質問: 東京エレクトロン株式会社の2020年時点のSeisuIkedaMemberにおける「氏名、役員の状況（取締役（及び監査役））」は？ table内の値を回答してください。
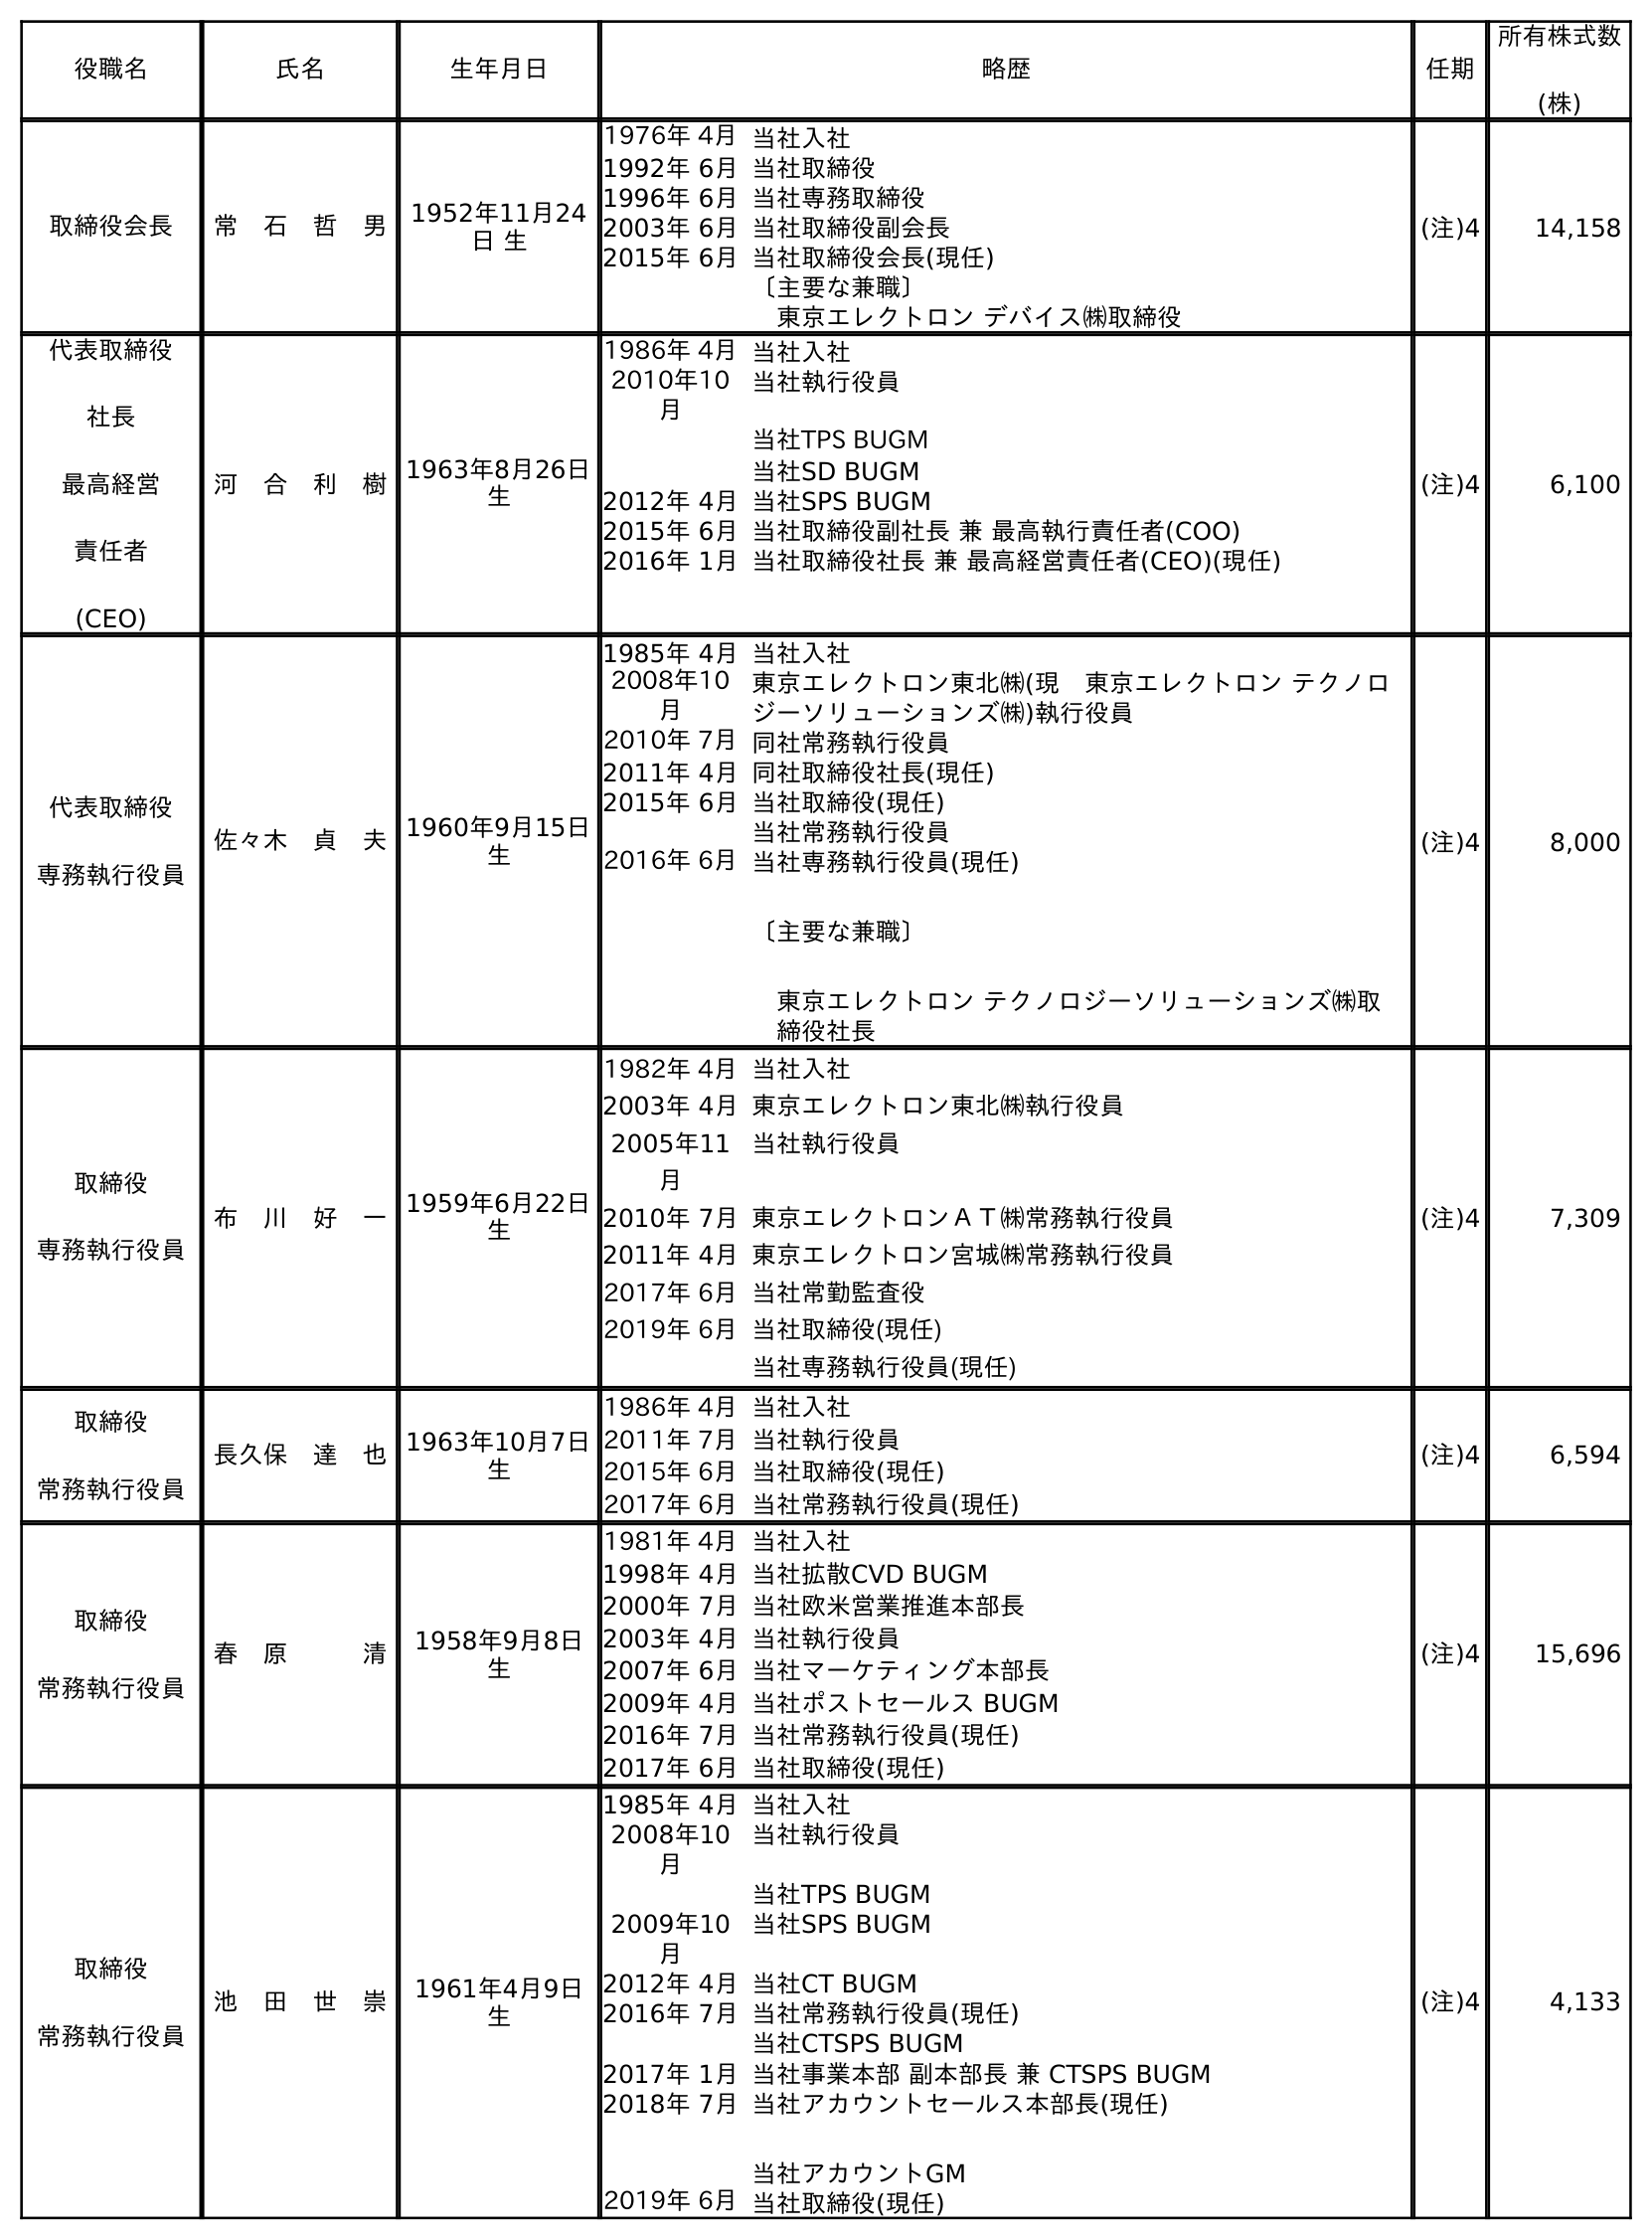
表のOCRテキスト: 役職名 氏名 生年月日 略歴 任期 所有株式数 (株) 取締役会長 常 石 哲 男 1952年11月24 日 生 1976年 4月当社入社 1992年 6月当社取締役 1996年 6月当社専務取締役 2003年 6月当社取締役副会長 2015年 6月当社取締役会長(現任) 〔主要な兼職〕 東京エレクトロン デバイス㈱取締役 (注)4 14,158 代表取締役 社長 最高経営 責任者 (CEO) 河 合 利 樹1963年8月26日 生 1986年 4月当社入社 2010年10 月 当社執行役員 当社TPS BUGM 当社SD BUGM 2012年 4月当社SPS BUGM 2015年 6月当社取締役副社長 兼 最高執行責任者(COO) 2016年 1月当社取締役社長 兼 最高経営責任者(CEO)(現任) (注)4 6,100 代表取締役 専務執行役員 佐々木 貞 夫1960年9月15日 生 1985年 4月当社入社 2008年10 月 東京エレクトロン東北㈱(現 東京エレクトロン テクノロ ジーソリューションズ㈱)執行役員 2010年 7月同社常務執行役員 2011年 4月同社取締役社長(現任) 2015年 6月当社取締役(現任) 当社常務執行役員 2016年 6月当社専務執行役員(現任) 〔主要な兼職〕 東京エレクトロン テクノロジーソリューションズ㈱取 締役社長 (注)4 8,000 取締役 専務執行役員 布 川 好 一1959年6月22日 生 1982年 4月当社入社 2003年 4月東京エレクトロン東北㈱執行役員 2005年11 月 当社執行役員 2010年 7月東京エレクトロンＡＴ㈱常務執行役員 2011年 4月東京エレクトロン宮城㈱常務執行役員 2017年 6月当社常勤監査役 2019年 6月当社取締役(現任) 当社専務執行役員(現任) (注)4 7,309 取締役 常務執行役員 長久保 達 也1963年10月7日 生 1986年 4月当社入社 2011年 7月当社執行役員 2015年 6月当社取締役(現任) 2017年 6月当社常務執行役員(現任) (注)4 6,594 取締役 常務執行役員 春 原   清 1958年9月8日 生 1981年 4月当社入社 1998年 4月当社拡散CVD BUGM 2000年 7月当社欧米営業推進本部長 2003年 4月当社執行役員 2007年 6月当社マーケティング本部長 2009年 4月当社ポストセールス BUGM 2016年 7月当社常務執行役員(現任) 2017年 6月当社取締役(現任) (注)4 15,696 取締役 常務執行役員 池 田 世 崇 1961年4月9日 生 1985年 4月当社入社 2008年10 月 当社執行役員 当社TPS BUGM 2009年10 月 当社SPS BUGM 2012年 4月当社CT BUGM 2016年 7月当社常務執行役員(現任) 当社CTSPS BUGM 2017年 1月当社事業本部 副本部長 兼 CTSPS BUGM 2018年 7月当社アカウントセールス本部長(現任) 当社アカウントGM 2019年 6月当社取締役(現任) (注)4 4,133
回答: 池　田　世　崇